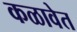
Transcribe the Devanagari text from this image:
कळावेत